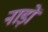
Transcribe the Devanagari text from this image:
नाड़ों